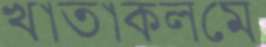
খাতাকলমে